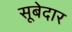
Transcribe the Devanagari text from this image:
सूबेदार